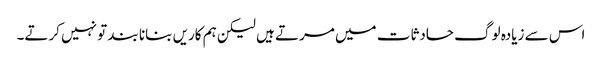
اس سے زیادہ لوگ حادثات میں مرتے ہیں لیکن ہم کاریں بنانا بند تو نہیں کرتے۔